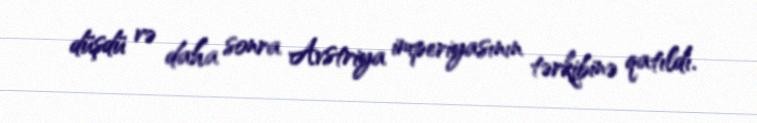
düşdü və daha sonra Avstriya imperiyasının tərkibinə qatıldı.